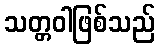
သတ္တဝါဖြစ်သည်